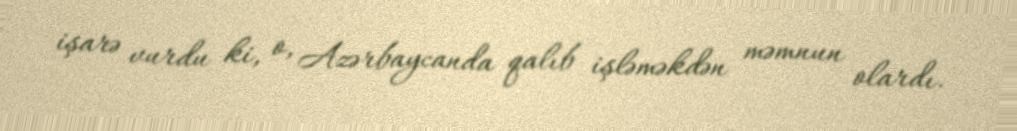
işarə vurdu ki, o, Azərbaycanda qalıb işləməkdən məmnun olardı.